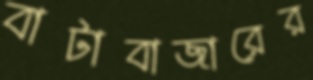
বাটাবাজারের